Report on horse surra - Volume I
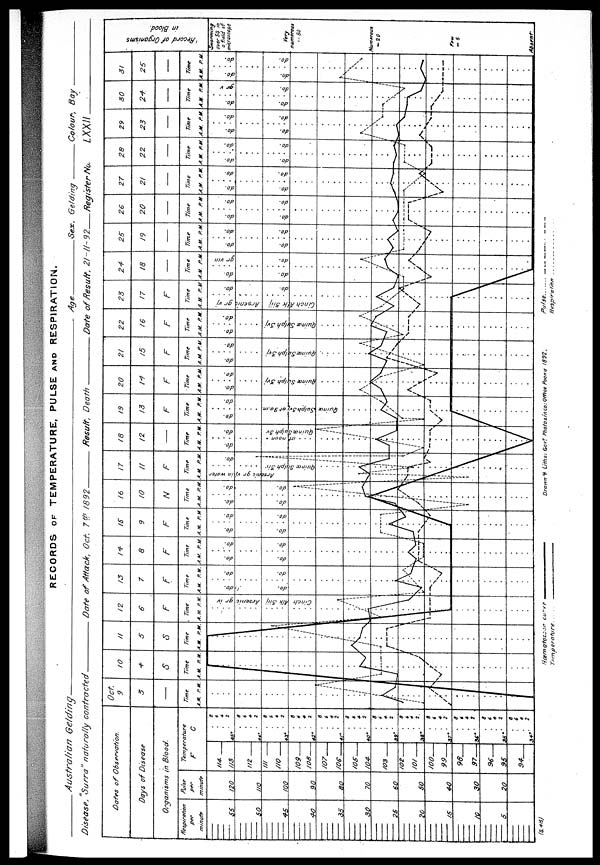
RECORDS OF TEMPERATURE, PULSE AND RESPIRATION.